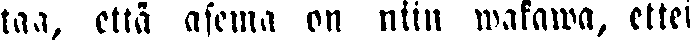
taa, että asema on niin wakawa, ettei